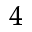
_ 4